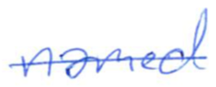
Text: named
Cross-out: single-line
Writing tool: ballpoint